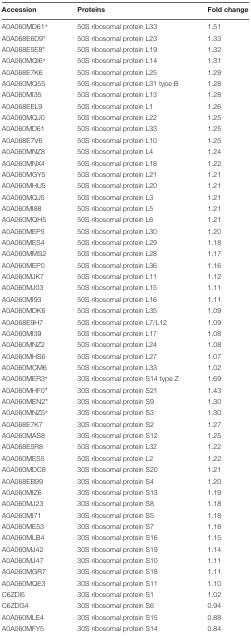
<table><thead><tr><td><b>Accession</b></td><td><b>Proteins</b></td><td><b>Fold change</b></td></tr></thead><tbody><tr><td>A0A060MD61<sup>∗</sup></td><td>50S ribosomal protein L33</td><td>1.51</td></tr><tr><td>A0A068E6D9<sup>∗</sup></td><td>50S ribosomal protein L23</td><td>1.33</td></tr><tr><td>A0A068E5E8<sup>∗</sup></td><td>50S ribosomal protein L19</td><td>1.32</td></tr><tr><td>A0A060MQI6<sup>∗</sup></td><td>50S ribosomal protein L14</td><td>1.31</td></tr><tr><td>A0A068E7K6</td><td>50S ribosomal protein L25</td><td>1.29</td></tr><tr><td>A0A060MQ55</td><td>50S ribosomal protein L31 type B</td><td>1.28</td></tr><tr><td>A0A060MI35</td><td>50S ribosomal protein L13</td><td>1.28</td></tr><tr><td>A0A068EEL9</td><td>50S ribosomal protein L1</td><td>1.26</td></tr><tr><td>A0A060MQJ0</td><td>50S ribosomal protein L22</td><td>1.25</td></tr><tr><td>A0A060MD61</td><td>50S ribosomal protein L33</td><td>1.25</td></tr><tr><td>A0A068E7V6</td><td>50S ribosomal protein L10</td><td>1.25</td></tr><tr><td>A0A060MNZ8</td><td>50S ribosomal protein L4</td><td>1.24</td></tr><tr><td>A0A060MNX4</td><td>50S ribosomal protein L18</td><td>1.22</td></tr><tr><td>A0A060MGY5</td><td>50S ribosomal protein L21</td><td>1.21</td></tr><tr><td>A0A060MHU5</td><td>50S ribosomal protein L20</td><td>1.21</td></tr><tr><td>A0A060MQJ5</td><td>50S ribosomal protein L3</td><td>1.21</td></tr><tr><td>A0A060MI88</td><td>50S ribosomal protein L5</td><td>1.21</td></tr><tr><td>A0A060MQH5</td><td>50S ribosomal protein L6</td><td>1.21</td></tr><tr><td>A0A060MEP5</td><td>50S ribosomal protein L30</td><td>1.20</td></tr><tr><td>A0A060MES4</td><td>50S ribosomal protein L29</td><td>1.18</td></tr><tr><td>A0A060MMS2</td><td>50S ribosomal protein L28</td><td>1.17</td></tr><tr><td>A0A060MEP0</td><td>50S ribosomal protein L36</td><td>1.16</td></tr><tr><td>A0A060MJK7</td><td>50S ribosomal protein L11</td><td>1.12</td></tr><tr><td>A0A060MJ03</td><td>50S ribosomal protein L15</td><td>1.11</td></tr><tr><td>A0A060MI93</td><td>50S ribosomal protein L16</td><td>1.11</td></tr><tr><td>A0A060MDK6</td><td>50S ribosomal protein L35</td><td>1.09</td></tr><tr><td>A0A068E9H7</td><td>50S ribosomal protein L7/L12</td><td>1.09</td></tr><tr><td>A0A060MI39</td><td>50S ribosomal protein L17</td><td>1.08</td></tr><tr><td>A0A060MNZ2</td><td>50S ribosomal protein L24</td><td>1.08</td></tr><tr><td>A0A060MHS6</td><td>50S ribosomal protein L27</td><td>1.07</td></tr><tr><td>A0A060MCM6</td><td>50S ribosomal protein L33</td><td>1.02</td></tr><tr><td>A0A060MER3<sup>∗</sup></td><td>30S ribosomal protein S14 type Z</td><td>1.69</td></tr><tr><td>A0A060MHF0<sup>∗</sup></td><td>30S ribosomal protein S21</td><td>1.43</td></tr><tr><td>A0A060MEN2<sup>∗</sup></td><td>30S ribosomal protein S9</td><td>1.30</td></tr><tr><td>A0A060MNZ5<sup>∗</sup></td><td>30S ribosomal protein S3</td><td>1.30</td></tr><tr><td>A0A068E7K7</td><td>30S ribosomal protein S2</td><td>1.27</td></tr><tr><td>A0A060MAS8</td><td>30S ribosomal protein S12</td><td>1.25</td></tr><tr><td>A0A068E5R8</td><td>50S ribosomal protein L32</td><td>1.22</td></tr><tr><td>A0A060MES5</td><td>50S ribosomal protein L2</td><td>1.22</td></tr><tr><td>A0A060MDC8</td><td>30S ribosomal protein S20</td><td>1.21</td></tr><tr><td>A0A068EB99</td><td>30S ribosomal protein S4</td><td>1.20</td></tr><tr><td>A0A060MIZ6</td><td>30S ribosomal protein S13</td><td>1.19</td></tr><tr><td>A0A060MJ23</td><td>30S ribosomal protein S8</td><td>1.18</td></tr><tr><td>A0A060MI71</td><td>30S ribosomal protein S5</td><td>1.18</td></tr><tr><td>A0A060ME53</td><td>30S ribosomal protein S7</td><td>1.18</td></tr><tr><td>A0A060MLB4</td><td>30S ribosomal protein S16</td><td>1.15</td></tr><tr><td>A0A060MJ42</td><td>30S ribosomal protein S19</td><td>1.14</td></tr><tr><td>A0A060MJ47</td><td>30S ribosomal protein S10</td><td>1.11</td></tr><tr><td>A0A060MGR7</td><td>30S ribosomal protein S18</td><td>1.11</td></tr><tr><td>A0A060MQE3</td><td>30S ribosomal protein S11</td><td>1.10</td></tr><tr><td>C6ZDI5</td><td>30S ribosomal protein S1</td><td>1.02</td></tr><tr><td>C6ZDG4</td><td>30S ribosomal protein S6</td><td>0.94</td></tr><tr><td>A0A060MLE4</td><td>30S ribosomal protein S15</td><td>0.88</td></tr><tr><td>A0A060MFY5</td><td>30S ribosomal protein S14</td><td>0.84</td></tr></tbody></table>